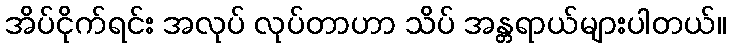
အိပ်ငိုက်ရင်း အလုပ် လုပ်တာဟာ သိပ် အန္တရာယ်များပါတယ်။